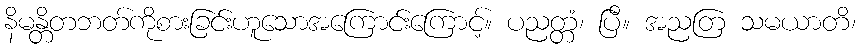
နိမန္တိတဘတ်ကိုစားခြင်းဟူသောအကြောင်းကြောင့်။ ပညတ္တံ၊ ပြီ။ အညတြ သမယာတိ၊